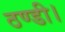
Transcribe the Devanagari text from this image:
ठण्डी।